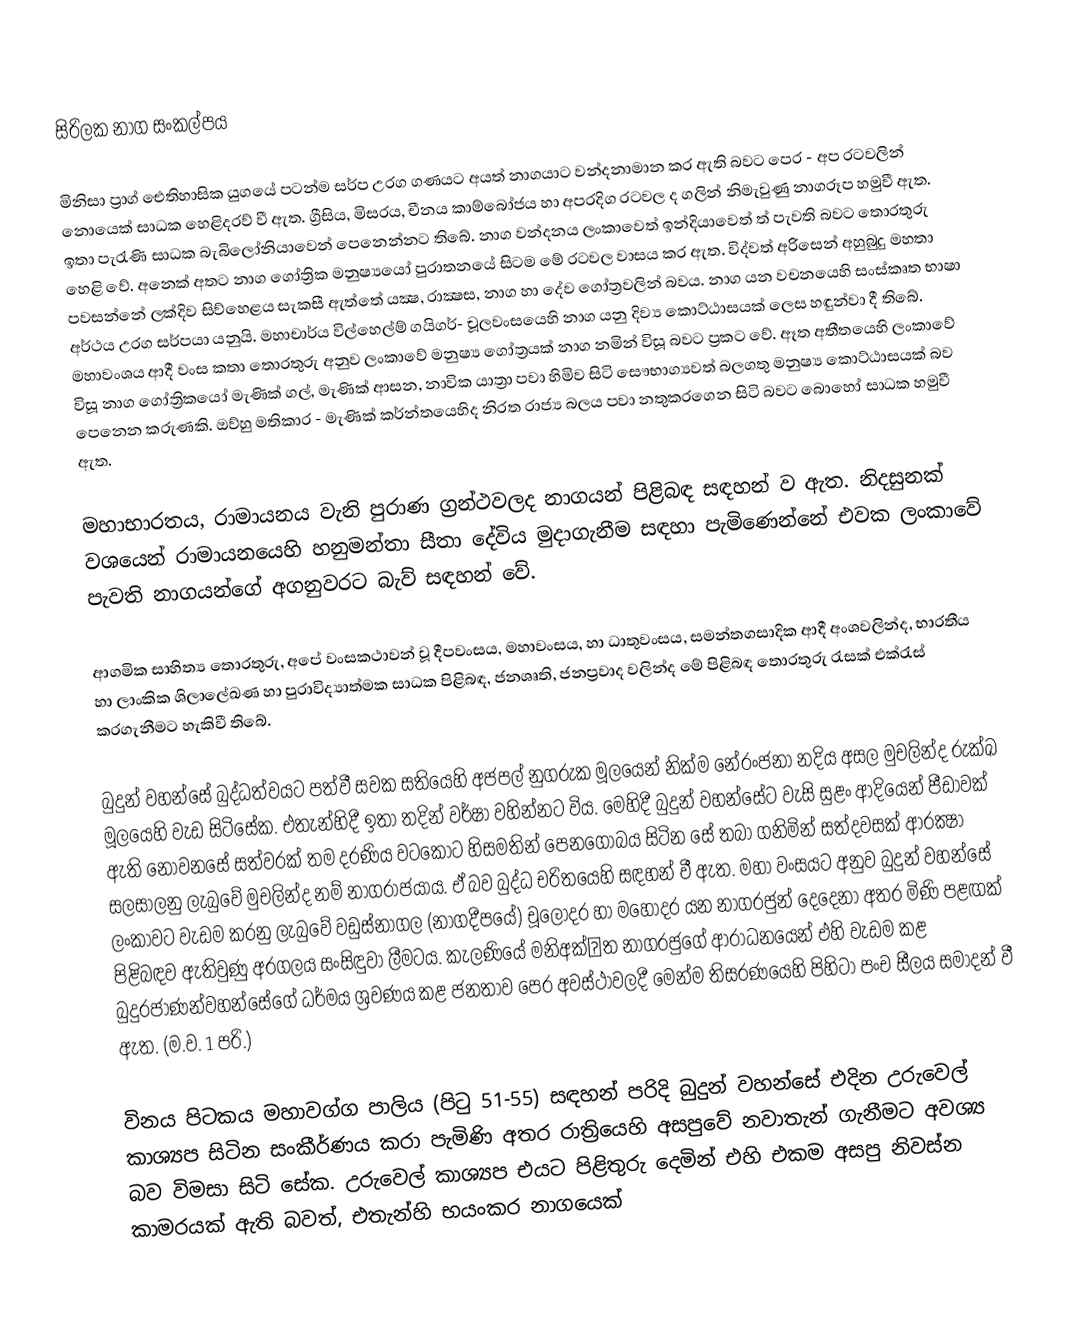
සිරිලක නාග සංකල්පය

මිනිසා ප්‍රාග් ඓතිහාසික යුගයේ පටන්ම සර්ප උරග ගණයට අයත් නාගයාට වන්දනාමාන කර ඇති බවට පෙර - අප රටවලින් නොයෙක්‌ සාධක හෙළිදරව් වී ඇත. ග්‍රීසිය, මිසරය, චීනය කාම්බෝජය හා අපරදිග රටවල ද ගලින් නිමැවුණු නාගරූප හමුවී ඇත. ඉතා පැරැණි සාධක බැබිලෝනියාවෙන් පෙනෙන්නට තිබේ. නාග වන්දනය ලංකාවෙත් ඉන්දියාවෙත් ත් පැවති බවට තොරතුරු හෙළි වේ. අනෙක්‌ අතට නාග ගෝත්‍රික මනුෂ්‍යයෝ පුරාතනයේ සිටම මේ රටවල වාසය කර ඇත. විද්වත් අරිසෙන් අහුබුදු මහතා පවසන්නේ ලක්‌දිව සිව්හෙළය සැකසී ඇත්තේ යක්‍ෂ, රාක්‍ෂස, නාග හා දේව ගෝත්‍රවලින් බවය. නාග යන වචනයෙහි සංස්‌කෘත භාෂා අර්ථය උරග සර්පයා යනුයි. මහාචාර්ය විල්හෙල්ම් ගයිගර්- චූලවංසයෙහි නාග යනු දිව්‍ය කොට්‌ඨාසයක්‌ ලෙස හඳුන්වා දී තිබේ. මහාවංශය ආදී වංස කතා තොරතුරු අනුව ලංකාවේ මනුෂ්‍ය ගෝත්‍රයක්‌ නාග නමින් විසූ බවට ප්‍රකට වේ. ඈත අතීතයෙහි ලංකාවේ විසූ නාග ගෝත්‍රිකයෝ මැණික්‌ ගල්, මැණික්‌ ආසන, නාවික යාත්‍රා පවා හිමිව සිටි සෞභාග්‍යවත් බලගතු මනුෂ්‍ය කොට්‌ඨාසයක්‌ බව පෙනෙන කරුණකි. ඔව්හු මතිකාර - මැණික්‌ කර්න්තයෙහිද නිරත රාජ්‍ය බලය පවා නතුකරගෙන සිටි බවට බොහෝ සාධක හමුවී ඇත.

මහාභාරතය, රාමායනය වැනි පුරාණ ග්‍රන්ථවලද නාගයන් පිළිබඳ සඳහන් ව ඇත. නිදසුනක්‌ වශයෙන් රාමායනයෙහි හනුමන්තා සීතා දේවිය මුදාගැනීම සඳහා පැමිණෙන්නේ එවක ලංකාවේ පැවති නාගයන්ගේ අගනුවරට බැව් සඳහන් වේ.

ආගමික සාහිත්‍ය තොරතුරු, අපේ වංසකථාවන් වූ දීපවංසය, මහාවංසය, හා ධාතුවංසය, සමන්තගසාදික ආදී අංශවලින්ද, භාරතීය හා ලාංකික ශිලාලේඛණ හා පුරාවිද්‍යාත්මක සාධක පිළිබඳ, ජනශෘති, ජනප්‍රවාද වලින්ද මේ පිළිබඳ තොරතුරු රැසක්‌ එක්‌රැස්‌ කරගැනීමට හැකිවී තිබේ.

බුදුන් වහන්සේ බුද්ධත්වයට පත්වී සවක සතියෙහි අජපල් නුගරුක මූලයෙන් නික්‌ම නේරංජනා නදිය අසල මුචලින්ද රුක්‌ඛ මූලයෙහි වැඩ සිටිසේක. එතැන්හිදී ඉතා තදින් වර්ෂා වහින්නට විය. මෙහිදී බුදුන් වහන්සේට වැසි සුළං ආදියෙන් පීඩාවක්‌ ඇති නොවනසේ සත්වරක්‌ තම දරණිය වටකොට හිසමතින් පෙනගොබය සිටින සේ තබා ගනිමින් සත්දවසක්‌ ආරක්‍ෂා සලසාලනු ලැබුවේ මුචලින්ද නම් නාගරාජයාය. ඒ බව බුද්ධ චරිතයෙහි සඳහන් වී ඇත. මහා වංසයට අනුව බුදුන් වහන්සේ ලංකාවට වැඩම කරනු ලැබුවේ වඩුස්‌නාගල (නාගදීපයේ) චූලෝදර හා මහෝදර යන නාගරජුන් දෙදෙනා අතර මිණි පළඟක්‌ පිළිබඳව ඇතිවුණු අරගලය සංසිඳුවා ලීමටය. කැලණියේ මනිඅක්‌ත නාගරජුගේ ආරාධනයෙන් එහි වැඩම කළ බුදුරජාණන්වහන්සේගේ ධර්මය ශ්‍රවණය කළ ජනතාව පෙර අවස්‌ථාවලදී මෙන්ම තිසරණයෙහි පිහිටා පංච සීලය සමාදන් වී ඇත. (ම.ව. 1 පරි.)

විනය පිටකය මහාවග්ග පාලිය (පිටු 51-55) සඳහන් පරිදි බුදුන් වහන්සේ එදින උරුවෙල් කාශ්‍යප සිටින සංකීර්ණය කරා පැමිණි අතර රාත්‍රියෙහි අසපුවේ නවාතැන් ගැනීමට අවශ්‍ය බව විමසා සිටි සේක. උරුවෙල් කාශ්‍යප එයට පිළිතුරු දෙමින් එහි එකම අසපු නිවස්‌න කාමරයක්‌ ඇති බවත්, එතැන්හි භයංකර නාගයෙක්‌